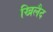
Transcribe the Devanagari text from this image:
खिलैद